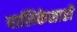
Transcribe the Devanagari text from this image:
पालिकेसाठी